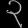
Digit: ၃